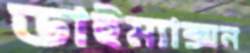
ডাইম্যাক্সন